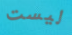
ليست